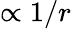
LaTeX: \propto 1/r